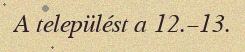
A települést a 12.–13.